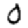
Digit: 0